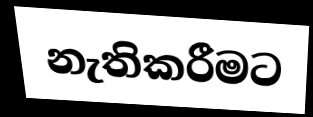
නැතිකරීමට